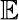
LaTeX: \mathbf{\mathbb{E}}